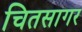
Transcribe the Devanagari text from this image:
चितसागर